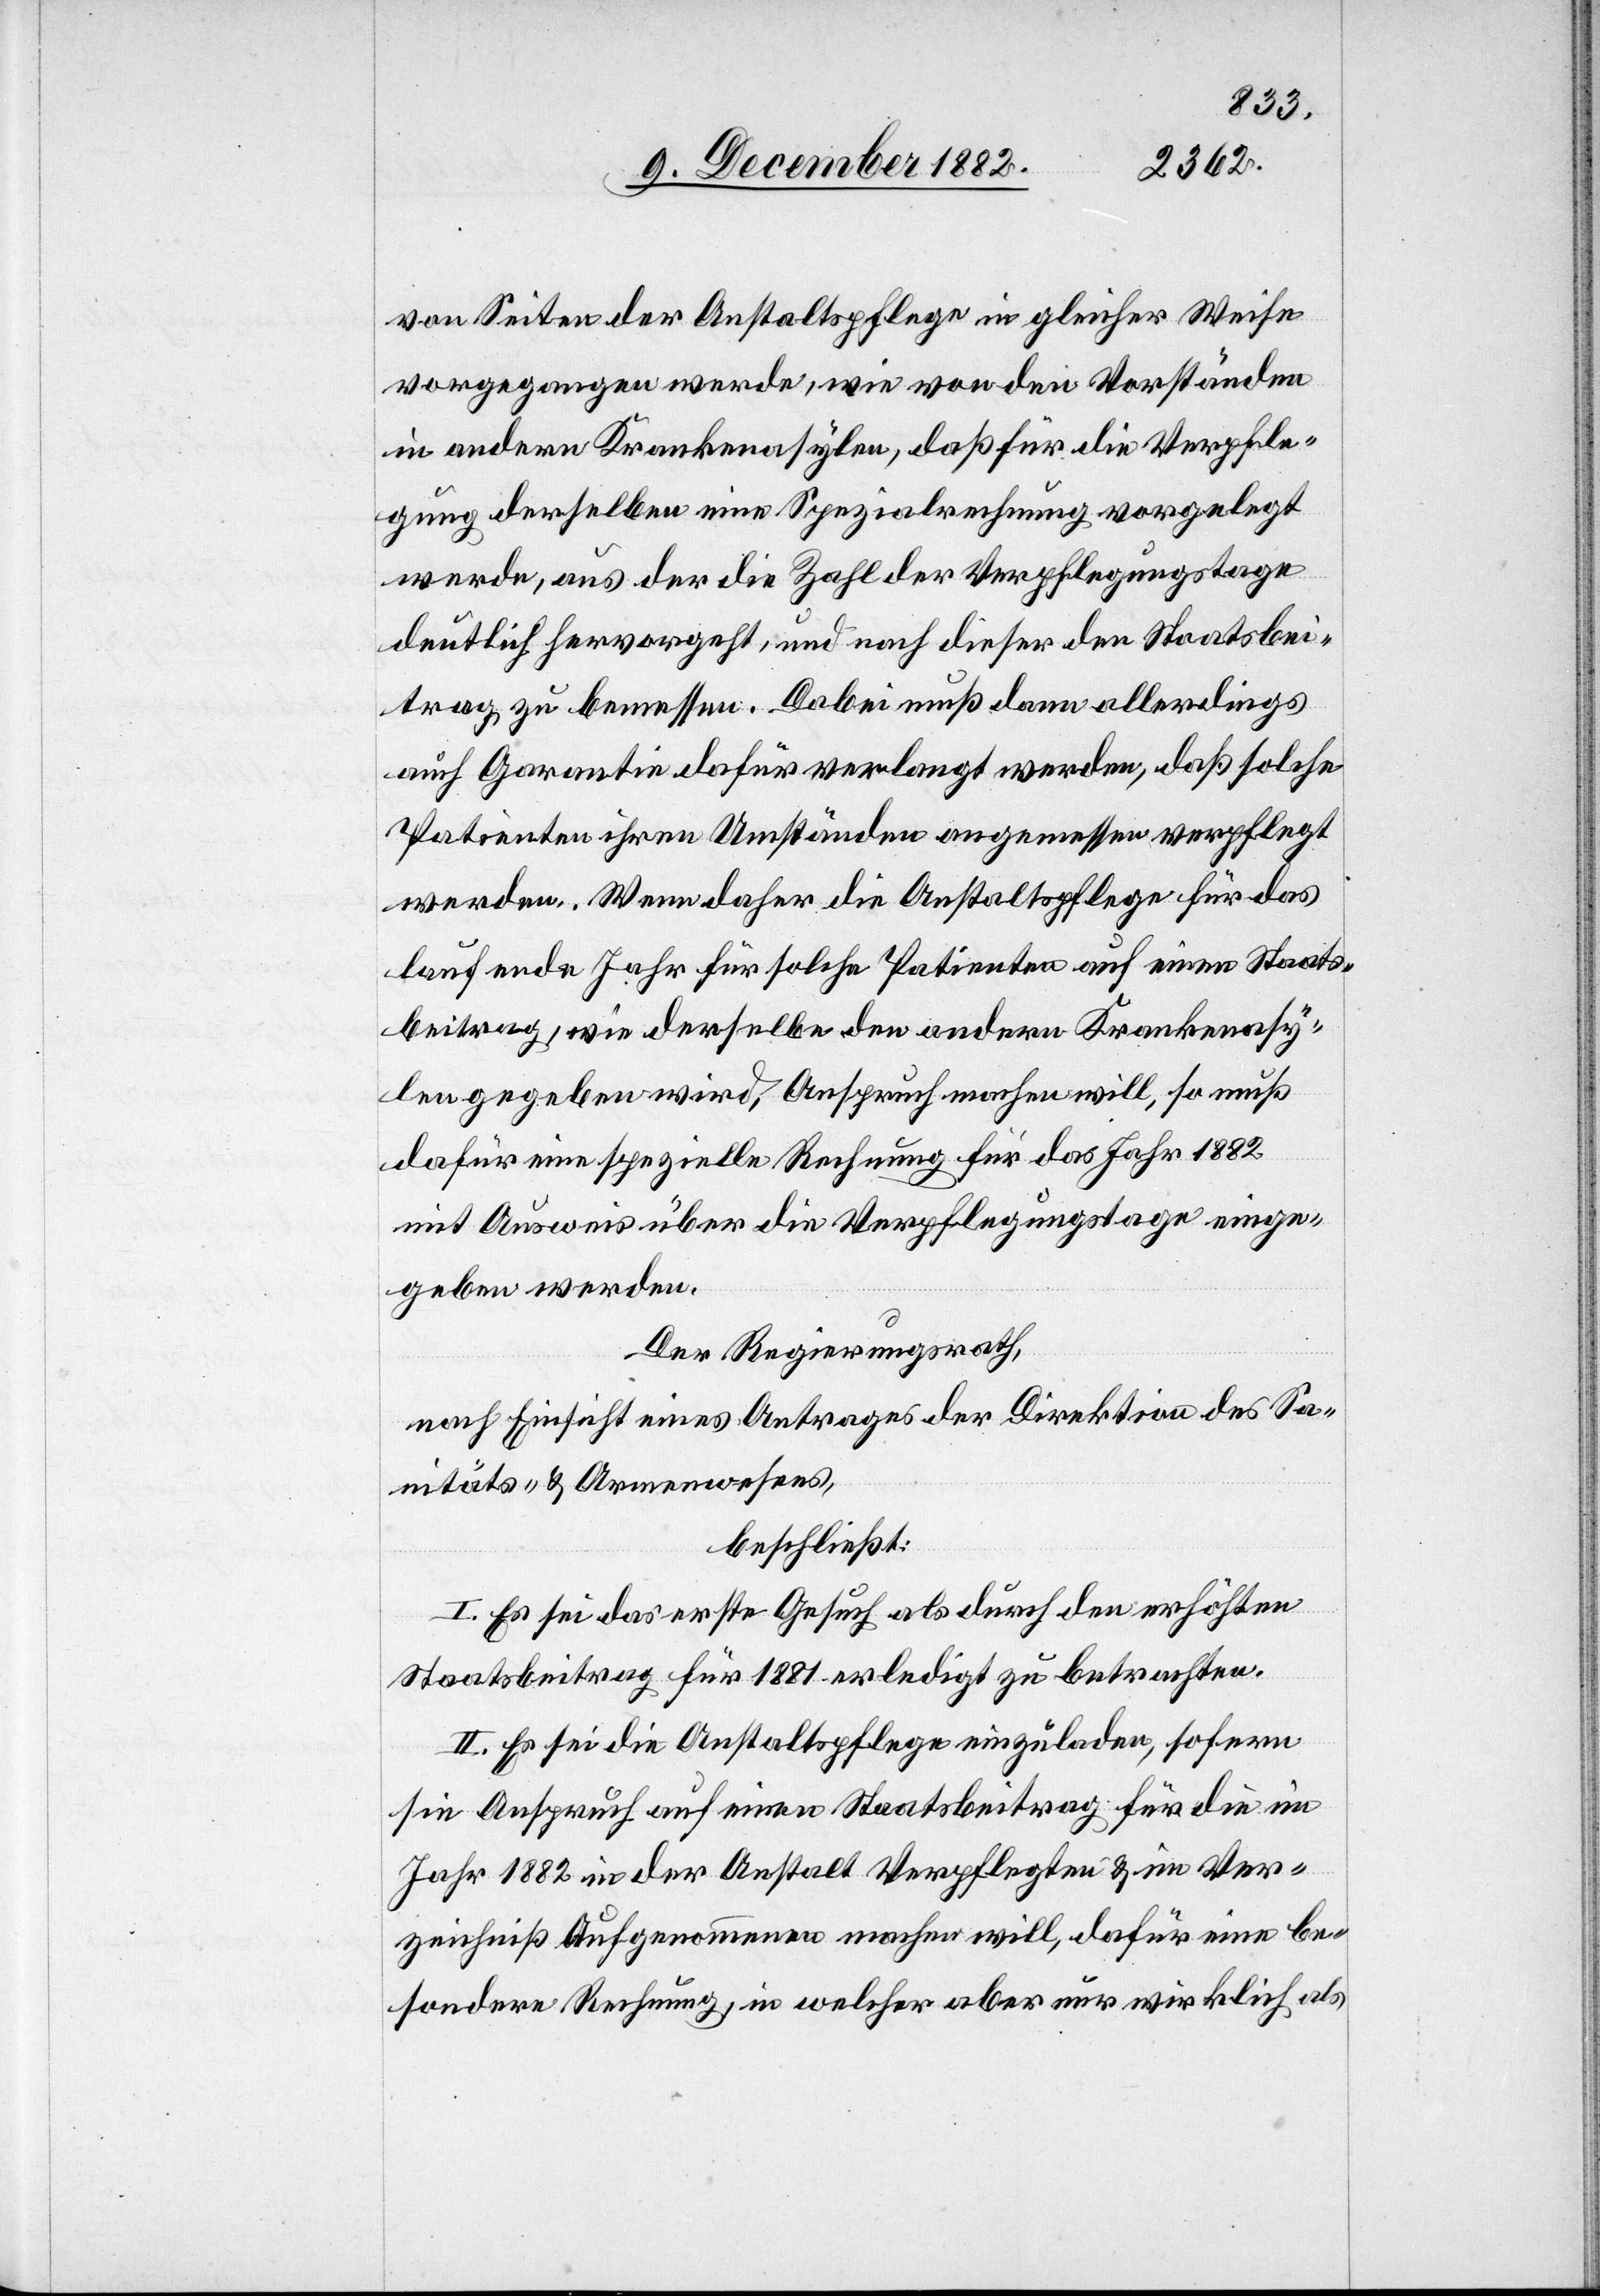
von Seiten der Anstaltspflege in gleicher Weise
vorgegangen werde, wie von den Vorständen
in andern Krankenasylen, daß für die Verpfle¬
gung derselben eine Spezialrechnung vorgelegt
werde, aus der die Zahl der Verpflegungstage
deutlich hervorgeht, und nach dieser den Staatsbei¬
trag zu bemessen. Dabei muß dann allerdings
auch Garantie dafür verlangt werden, daß solche
Patienten ihren Umständen angemessen verpflegt
werden. Wenn daher die Anstaltspflege für das
laufende Jahr für solche Patienten auf einen Staats¬
beitrag, wie derselbe den andern Krankenasy¬
len gegeben wird, Anspruch machen will, so muß
dafür eine spezielle Rechnung für das Jahr 1882
mit Ausweis über die Verpflegungstage einge¬
geben werden.
Der Regierungsrath,
nach Einsicht eines Antrages der Direktion des Sa¬
nitäts- & Armenwesens,
beschließt:
I. Es sei das erste Gesuch als durch den erhöhten
Staatsbeitrag für 1881 erledigt zu betrachten.
II. Es sei die Anstaltspflege einzuladen, sofern
sie Anspruch auf einen Staatsbeitrag für die im
Jahr 1882 in der Anstalt Verpflegten & im Ver¬
zeichnis Aufgenommenen machen will, dafür eine be¬
sondere Rechnung, in welcher aber nur wirklich als